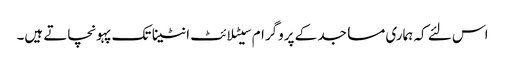
اس لئے کہ ہماری مساجد کے پروگرام سیٹلائٹ انٹینا تک پہونچاتے ہیں۔